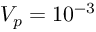
V _ { p } = 1 0 ^ { - 3 }